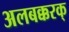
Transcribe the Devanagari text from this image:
अलबक्करक्